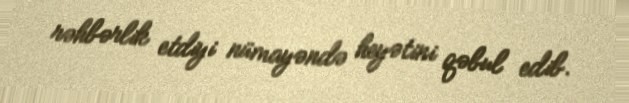
rəhbərlik etdiyi nümayəndə heyətini qəbul edib.